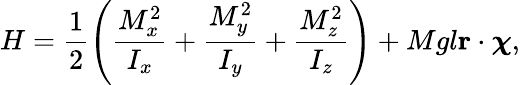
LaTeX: H=\frac{1}{2}\left(\frac{M_{x}^{2}}{I_{x}}+\frac{M_{y}^{2}}{I_{y}}+\frac{M_{z}^{2}}{I_{z}}\right)+Mgl\mathbf{r}\cdot\boldsymbol{\chi},